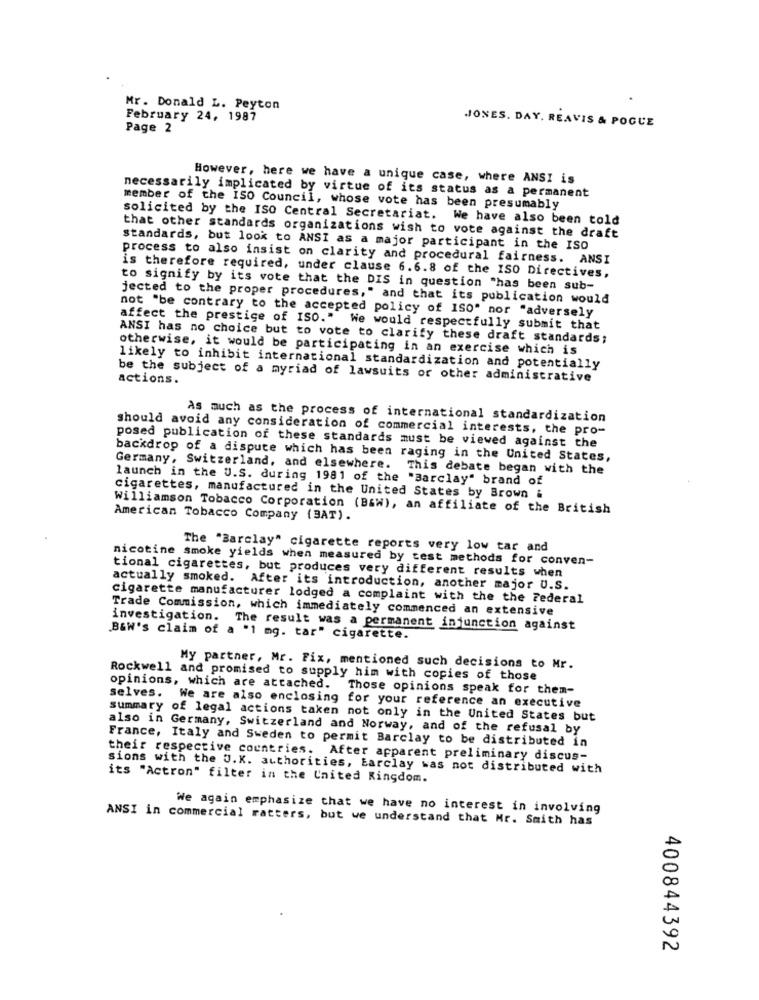
Mr. Donald L. Peyton
February 24, 1987
JONES. DAY. REAVIS & POGUE
Page 2
However, here we have a unique case, where ANSI is
necessarily implicated by virtue of its status as a permanent
member of the ISO Council, whose vote has been presumably
solicited by the ISO Central Secretariat. We have also been told
that other standards organizations wish to vote against the draft
standards, but look to ANSI as a major participant in the ISO
process to also insist on clarity and procedural fairness. ANSI
is therefore required, under clause 6.6.8 of the ISO Directives,
to signify by its vote that the DIS in question "has been sub-
jected to the proper procedures," and that its publication would
not "be contrary to the accepted policy of ISO" nor "adversely
affect the prestige of ISO." We would respectfully submit that
ANSI has no choice but to vote to clarify these draft standards;
otherwise, it would be participating in an exercise which is
likely to inhibit international standardization and potentially
actions.
be the subject of a myriad of lawsuits or other administrative
As much as the process of international standardization
should avoid any consideration of commercial interests, the pro-
posed publication of these standards must be viewed against the
backdrop of a dispute which has been raging in the United States,
Germany, Switzerland, and elsewhere. This debate began with the
launch in the U.S. during 1981 of the "Barclay" brand of
cigarettes, manufactured in the United States by Brown &
Williamson Tobacco Corporation (B&W), an affiliate of the British
American Tobacco Company (BAT).
The "Barclay" cigarette reports very low tar and
nicotine smoke yields when measured by test methods for conven-
tional cigarettes, but produces very different results when
actually smoked. After its introduction, another major U.S.
cigarette manufacturer lodged a complaint with the the Federal
Trade Commission, which immediately commenced an extensive
investigation. The result was a permanent injunction against
B&W's claim of a "1 mg. tar" cigarette.
My partner, Mr. Fix, mentioned such decisions to Mr.
Rockwell and promised to supply him with copies of those
opinions, which are attached. Those opinions speak for them-
selves. We are also enclosing for your reference an executive
summary of legal actions taken not only in the United States but
also in Germany, Switzerland and Norway, and of the refusal by
France, Italy and Sweden to permit Barclay to be distributed in
their respective countries. After apparent preliminary discus-
sions with the U.K. authorities, Barclay was not distributed with
its "Actron" filter in the United Kingdom.
We again emphasize that we have no interest in involving
ANSI in commercial ratters, but we understand that Mr. Smith has
400844392